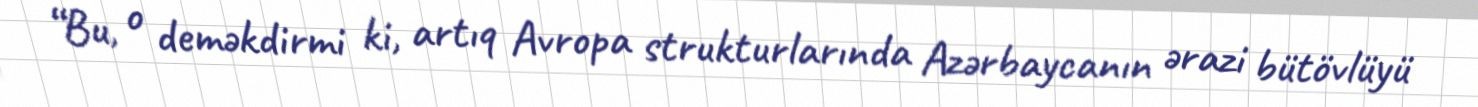
“Bu, o deməkdirmi ki, artıq Avropa strukturlarında Azərbaycanın ərazi bütövlüyü